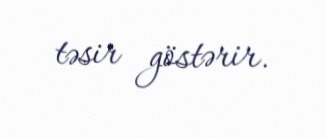
təsir göstərir.